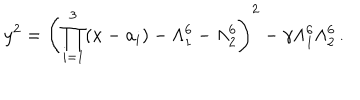
LaTeX: y ^ { 2 } = \left( \prod _ { i = 1 } ^ { 3 } ( x - a _ { i } ) - \Lambda _ { 1 } ^ { 6 } - \Lambda _ { 2 } ^ { 6 } \right) ^ { 2 } - \gamma \Lambda _ { 1 } ^ { 6 } \Lambda _ { 2 } ^ { 6 } \, .